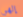
إلهي